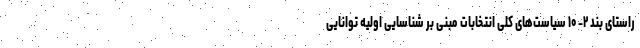
راستای بند ۲- ۱۰ سیاست‌های کلی انتخابات مبنی بر شناسایی اولیه توانایی